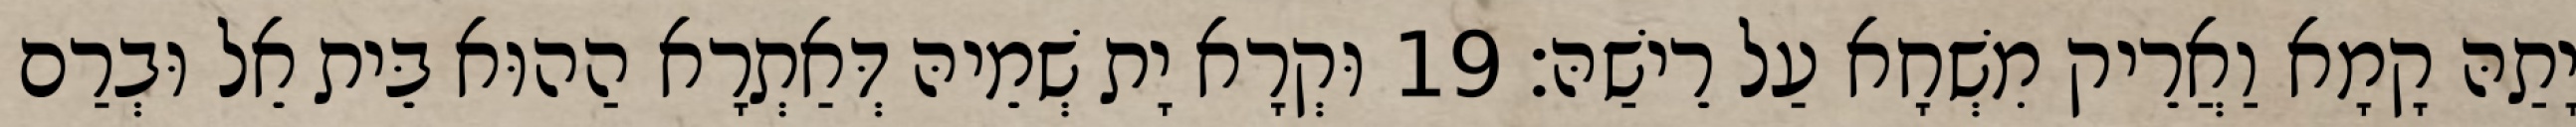
יָתַהּ קָמָא וַאֲרֵיק מִשְׁחָא עַל רֵישַׁהּ׃ 19 וּקְרָא יָת שְׁמֵיהּ דְּאַתְרָא הַהוּא בֵּית אֵל וּבְרַם